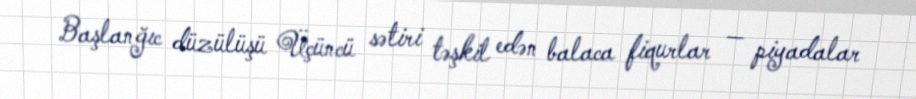
Başlanğıc düzülüşü Üçüncü sətiri təşkil edən balaca fiqurlar — piyadalar